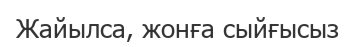
Жайылса, жонға сыйғысыз